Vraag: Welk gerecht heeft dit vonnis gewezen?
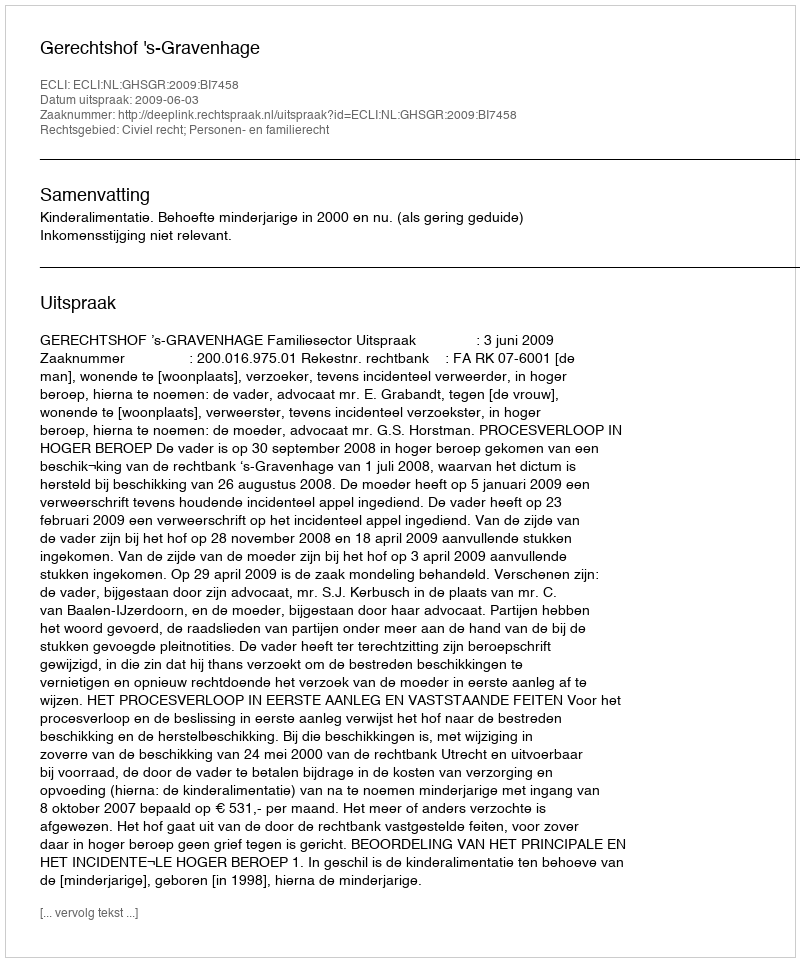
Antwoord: Gerechtshof 's-Gravenhage